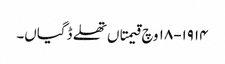
١٩١٤-١٨ وچ قیمتاں تھلے ڈگیاں۔